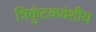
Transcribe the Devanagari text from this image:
त्रिकुंटकवंशीय